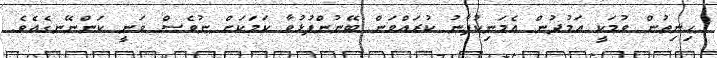
ހިނިތުން ވުމަކީ އަމުދުން އެމަނިކުފާނު ކުރައްވަން ބޭނުންފުޅުވާ ކަމަކަށް ނުވެސް ވަނީ ކަންނޭނގެއެވެ.